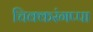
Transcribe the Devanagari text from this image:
चिक्करंगप्पा